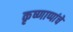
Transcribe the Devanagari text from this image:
कृष्णाप्पांचे